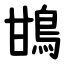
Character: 䲺